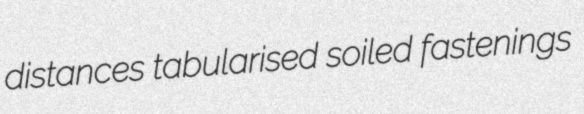
distances tabularised soiled fastenings